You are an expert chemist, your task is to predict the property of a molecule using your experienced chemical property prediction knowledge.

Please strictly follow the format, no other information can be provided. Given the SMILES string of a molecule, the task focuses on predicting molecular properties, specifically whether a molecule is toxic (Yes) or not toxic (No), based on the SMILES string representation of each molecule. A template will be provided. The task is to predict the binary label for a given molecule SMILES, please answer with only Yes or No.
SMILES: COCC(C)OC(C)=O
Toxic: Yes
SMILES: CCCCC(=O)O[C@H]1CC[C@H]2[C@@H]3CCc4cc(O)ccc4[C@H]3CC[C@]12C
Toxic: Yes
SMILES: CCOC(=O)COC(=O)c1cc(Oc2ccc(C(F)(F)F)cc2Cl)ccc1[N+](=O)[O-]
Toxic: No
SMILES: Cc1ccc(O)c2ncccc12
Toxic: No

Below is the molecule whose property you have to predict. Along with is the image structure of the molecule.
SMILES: CCCC[n+]1cccc(C)c1
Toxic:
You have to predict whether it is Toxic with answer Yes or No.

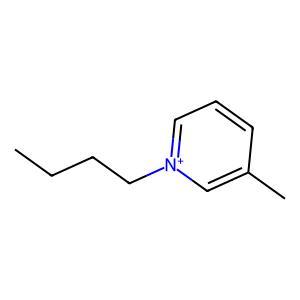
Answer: No